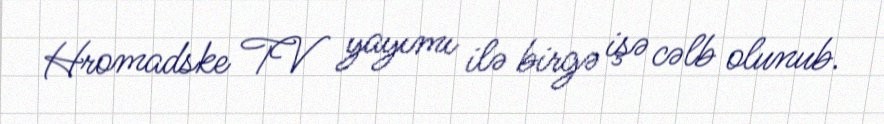
Hromadske TV yayımı ilə birgə işə cəlb olunub.